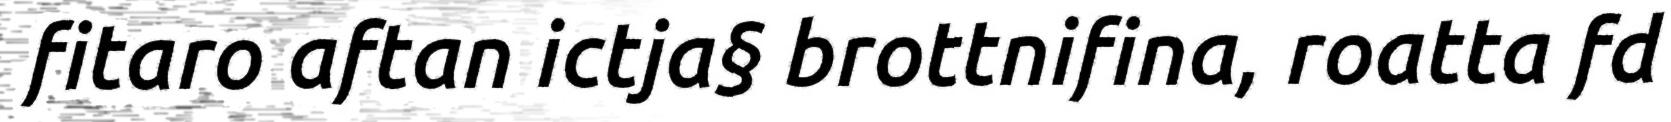
fitaro aftan ictja§ brottnifina, roatta fd